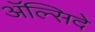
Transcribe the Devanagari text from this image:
अॅल्सिदे